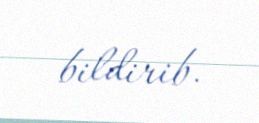
bildirib.